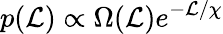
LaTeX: p(\mathcal{L})\propto\Omega(\mathcal{L})e^{-\mathcal{L}/\chi}